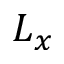
L _ { x }